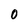
Character: 0